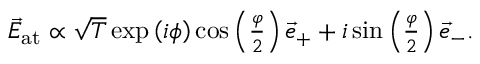
\begin{array} { r } { \vec { E } _ { \mathrm { a t } } \propto \sqrt { T } \exp \left( i \phi \right) \cos \left( \frac { \varphi } { 2 } \right) \vec { e } _ { + } + i \sin \left( \frac { \varphi } { 2 } \right) \vec { e } _ { - } . } \end{array}